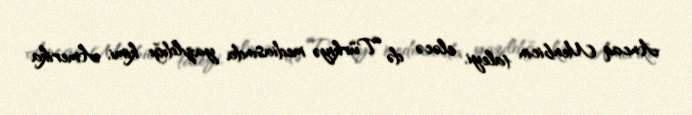
Ancaq Menbicin taleyi, eləcə də Türkiyə mediasında yazıldığı kimi, Amerika